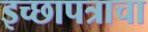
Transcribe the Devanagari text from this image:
इच्छापत्राचा